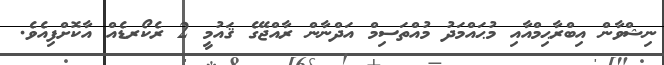
ނިޝްވާން އިބްރާޙިމްއާއި މުޙައްމަދު މުއްތަސިމް އަދްނާން ރާއްޖޭގެ ޤައުމީ 2 ރެކޯރޑެއް އާކޮށްފިއެވެ.